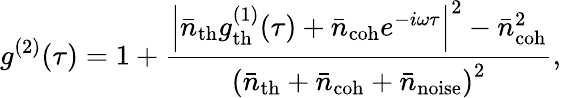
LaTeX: g^{(2)}(\tau)=1+\frac{\left|\bar{n}_{\mathrm{th}}g_{\mathrm{th}}^{(1)}(\tau)+\bar{n}_{\mathrm{coh}}e^{-i\omega\tau}\right|^{2}-\bar{n}_{\mathrm{coh}}^{2}}{\left(\bar{n}_{\mathrm{th}}+\bar{n}_{\mathrm{coh}}+\bar{n}_{\mathrm{noise}}\right)^{2}},